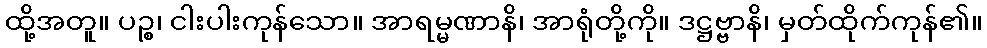
ထို့အတူ။ ပဉ္စ၊ ငါးပါးကုန်သော။ အာရမ္မဏာနိ၊ အာရုံတို့ကို။ ဒဋ္ဌဗ္ဗာနိ၊ မှတ်ထိုက်ကုန်၏။